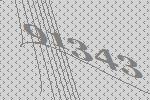
91343